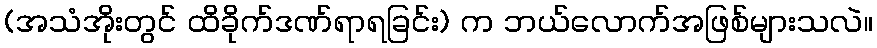
(အသံအိုးတွင် ထိခိုက်ဒဏ်ရာရခြင်း) က ဘယ်လောက်အဖြစ်များသလဲ။